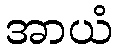
အာယံ